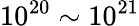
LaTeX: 10^{20}\sim 10^{21}